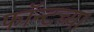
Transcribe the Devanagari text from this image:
फॉन्टच्या